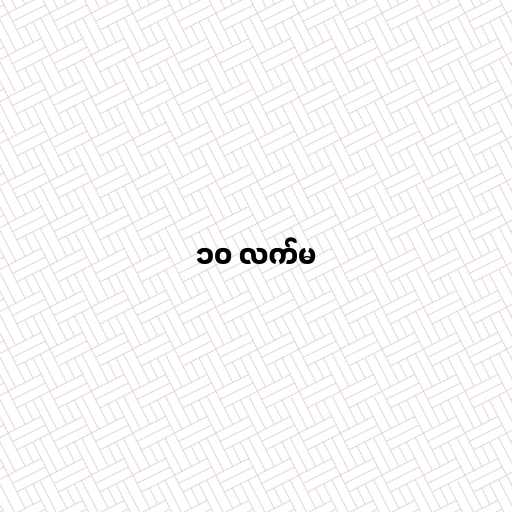
၁၀ လက်မ